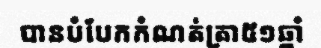
បានបំបែកកំណត់ត្រា៥១ឆ្នាំ